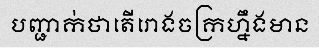
បញ្ជាក់ថាតើរោងចក្រហ្នឹងមាន